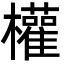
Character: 權